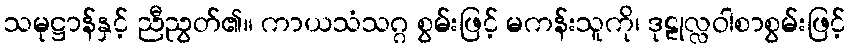
သမုဋ္ဌာန်နှင့် ညီညွတ်၏။ ကာယသံသဂ္ဂ စွမ်းဖြင့် မကန်းသူကို၊ ဒုဠုလ္လဝါစာစွမ်းဖြင့်